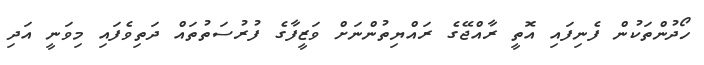
ހޯދުންތަކުން ފެނިފައި އޮތީ ރާއްޖޭގެ ރައްޔިތުންނަށް ވަޒީފާގެ ފުރުސަތުތައް ދަތިވެފައި މިވަނީ އަދި